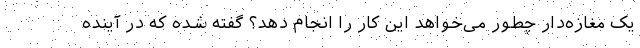
یک مغازه‌دار چطور می‌خواهد این کار را انجام دهد؟ گفته شده که در آینده